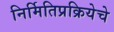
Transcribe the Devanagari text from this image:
निर्मितिप्रक्रियेचे